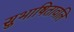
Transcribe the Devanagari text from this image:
सुभाषितावलि